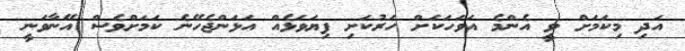
އަދި މިކަމަށް ވީ އެންމެ އަވަހަކަށް ހަރުކަށި ފިޔަވަޅެއް އަޅަންޖެހޭނެ ކަމަށްވެސް އޭނާވަނީ